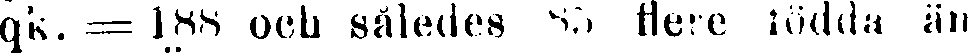
qk. = 188 och således 85 flere födda än